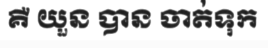
គឺ យួន បាន ចាត់ទុក